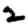
Digit: 2